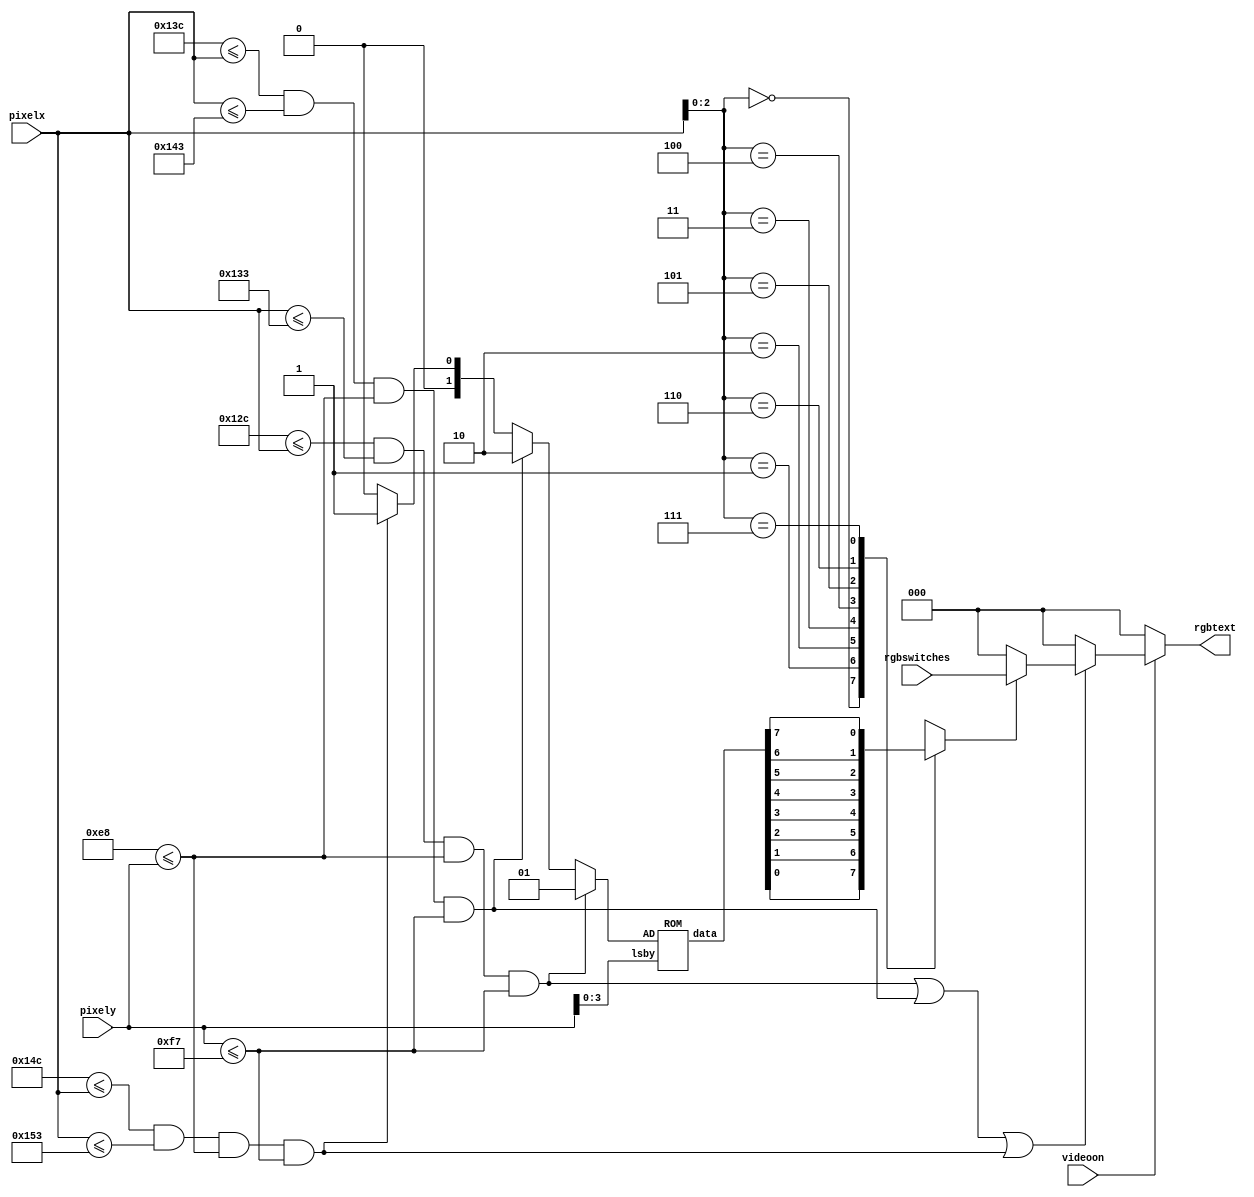
`timescale 1ns / 1ps
//////////////////////////////////////////////////////////////////////////////////
// Company: Grupo 4
// 
// Design Name:    Generador_Letra
// Module Name:    Generador_Letra 
// Project Name:   ControladorVGA
// Target Devices: 
// Tool versions: 
// Description: 
//
// Dependencies: 
//
// Revision: 
// Revision 0.01 - File Created
// Additional Comments: 
//
//////////////////////////////////////////////////////////////////////////////////
module Generador_Letra(
	 input wire videoon,
	 input wire [2:0] rgbswitches,
	 input wire [9:0] pixelx, pixely, 
	 output reg [2:0] rgbtext
	     );

// CONSTANTES Y DECLARACIONES

wire [2:0] lsbx;
wire [3:0] lsby;
assign lsbx = pixelx[2:0];
assign lsby = pixely[3:0];

reg [2:0] letter_rgb;


wire [7:0] Data;
reg [1:0] AD;

// x , y coordinates (0.0) to (639,479)
localparam maxx = 640;
localparam maxy = 480;

// Letter boundaries
localparam jaxl = 300;
localparam jaxr = 307;
localparam dxl = 316;
localparam dxr = 323;
localparam jbxl = 332;
localparam jbxr = 339;

localparam yt = 232;
localparam yb = 247;


// letter output signals
wire jaon, don, jbon;


// CUERPO

// pixel within letters 
assign jaon =
(jaxl<=pixelx) && (pixelx<=jaxr) &&
(yt<=pixely) && (pixely<=yb);

assign don =
(dxl<=pixelx) && (pixelx<=dxr) &&
(yt<=pixely) && (pixely<=yb);

assign jbon =
(jbxl<=pixelx) && (pixelx<=jbxr) &&
(yt<=pixely) && (pixely<=yb);

always @* begin
if (jaon)
AD <= 2'h1; 
else if (don)
AD <= 2'h2;
else if (jbon)
AD <= 2'h1;
else
AD <= 2'h0;   
end
 
ROM FONT(AD,lsby,Data); 

reg pixelbit;
always @*
case (lsbx)
3'h0: pixelbit <= Data[0];
3'h1: pixelbit <= Data[1];
3'h2: pixelbit <= Data[2];
3'h3: pixelbit <= Data[3];
3'h4: pixelbit <= Data[4];
3'h5: pixelbit <= Data[5];
3'h6: pixelbit <= Data[6];
3'h7: pixelbit <= Data[7];
endcase

always @*
if (pixelbit)
letter_rgb <= rgbswitches;
else
letter_rgb <= 3'b000;

// rgb multiplexing circuit
always @*
if (~videoon)
rgbtext = 3'b000; // blank 
else if (jaon|don|jbon)  
rgbtext = letter_rgb; 
else
rgbtext = 3'b000; // black background

endmodule

module ROM (
input wire [1:0]AD,
input wire [3:0]lsby,
output reg [7:0]data 
);

reg [5:0]adress;

always @*
adress <= {AD,lsby};

always @*
case (adress)
6'h00: data = 8'b00000000;
6'h01: data = 8'b00000000; 
6'h02: data = 8'b00000000; 
6'h03: data = 8'b00000000; 
6'h04: data = 8'b00000000; 
6'h05: data = 8'b00000000;  
6'h06: data = 8'b00000000;
6'h07: data = 8'b00000000; 
6'h08: data = 8'b00000000; 
6'h09: data = 8'b00000000;
6'h0a: data = 8'b00000000;
6'h0b: data = 8'b00000000; 
6'h0c: data = 8'b00000000; 
6'h0d: data = 8'b00000000;
6'h0e: data = 8'b00000000;
6'h0f: data = 8'b00000000; 

6'h10: data = 8'b00000000;
6'h11: data = 8'b11111111; 
6'h12: data = 8'b11111111; 
6'h13: data = 8'b00011000; 
6'h14: data = 8'b00011000; 
6'h15: data = 8'b00011000;  
6'h16: data = 8'b00011000;
6'h17: data = 8'b00011000; 
6'h18: data = 8'b00011000; 
6'h19: data = 8'b00011000;
6'h1a: data = 8'b10011000;
6'h1b: data = 8'b11011000; 
6'h1c: data = 8'b11111000; 
6'h1d: data = 8'b01110000;
6'h1e: data = 8'b00000000;
6'h1f: data = 8'b00000000; 

6'h20: data = 8'b00000000;
6'h21: data = 8'b11111000; 
6'h22: data = 8'b11111100; 
6'h23: data = 8'b11000110; 
6'h24: data = 8'b11000110; 
6'h25: data = 8'b11000011;  
6'h26: data = 8'b11000011;
6'h27: data = 8'b11000011; 
6'h28: data = 8'b11000011; 
6'h29: data = 8'b11000011;
6'h2a: data = 8'b11000110;
6'h2b: data = 8'b11001110; 
6'h2c: data = 8'b11111100; 
6'h2d: data = 8'b11111000;
6'h2e: data = 8'b00000000;
6'h2f: data = 8'b00000000; 

default : data = 8'b00000000;
endcase 

endmodule